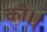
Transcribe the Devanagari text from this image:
कौ।।